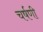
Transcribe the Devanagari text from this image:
चर्षणी